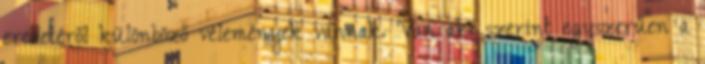
eredetéről különböző vélemények vannak. Van aki szerint egyszerűen a